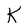
Character: K